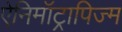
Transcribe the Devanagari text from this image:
ऐनिमॉट्रापिज्म